Plague in India, 1896, 1897 - Volume 1
Year: 1896
Disease focus: Plague
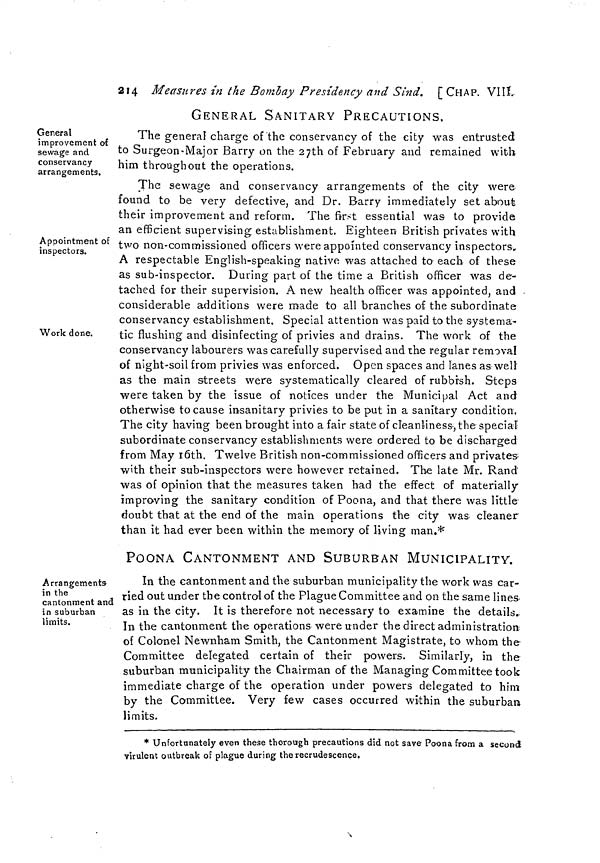
214 Measures in the Bombay Presídency and Sind. [CHAP. VIII.
General
improvement of
sewage and
conservancy
arrangements.
GENERAL SANITARY PRECAUTIONS,
The general charge of the conservancy of the city was entrusted
to Surgeon-Major Barry on the 27th of February and remained with
him throughout the operations.
Appointment of
inspectors.
Work done.
The sewage and conservancy arrangements of the city were
found to be very defective, and Dr. Barry immediately set about
their improvement and reform. The first essential was to provide
an efficient supervising establishment. Eighteen British privates with
two non-commissioned officers were appointed conservancy inspectors.
A respectable English-speaking native was attached to each of these
as sub-inspector. During part of the time a British officer was de-
tached for their supervision. A new health officer was appointed, and .
considerable additions were made to all branches of the subordinate
conservancy establishment. Special attention was paid to the systema-
tic flushing and disinfecting of privies and drains. The work of the
conservancy labourers was carefully supervised and the regular removal
of night-soil from privies was enforced. Open spaces and lanes as well
as the main streets were systematically cleared of rubbish. Steps
were taken by the issue of notices under the Municipal Act and
otherwise to cause insanitary privies to be put in a sanitary condition.
The city having been brought into a fair state of cleanliness, the special
subordinate conservancy establishments were ordered to be discharged
from May 16th. Twelve British non-commissioned officers and privates-
with their sub-inspectors were however retained. The late Mr. Rand
was of opinion that the measures taken had the effect of materially
improving the sanitary condition of Poona, and that there was little-
doubt that at the end of the main operations the city was cleaner
than it had ever been within the memory of living man.*
Arrangements-
in the
cantonment and
in suburban
limits.
POONA CANTONMENT AND SUBURBAN MUNICIPALITY.
In the cantonment and the suburban municipality the work was car-
ried out under the control of the Plague Committee and on the same lines
as in the city. It is therefore not necessary to examine the details.
In the cantonment the operations were under the direct administration
of Colonel Newnham Smith, the Cantonment Magistrate, to whom the
Committee delegated certain of their powers. Similarly, in the
suburban municipality the Chairman of the Managing Committee took
immediate charge of the operation under powers delegated to him
by the Committee. Very few cases occurred within the suburban
limits.
* Unfortunately even these thorough precautions did not save Poona from a second
virulent outbreak of plague during the recrudescence.